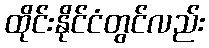
ထိုင်းနိုင်ငံတွင်လည်း